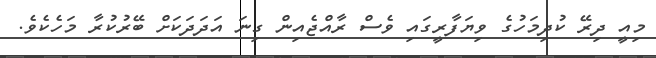
މިއީ ދިރޭ ކުދިމަހުގެ ވިޔަފާރީގައި ވެސް ރާއްޖެއިން ގިނަ އަދަދަކަށް ބޭރުކުރާ މަހެކެވެ.